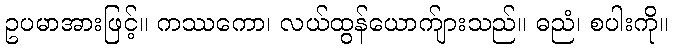
ဥပမာအားဖြင့်။ ကဿကော၊ လယ်ထွန်ယောက်ျားသည်။ ဓညံ၊ စပါးကို။